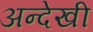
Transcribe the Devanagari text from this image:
अन्देखी